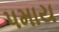
પમાય